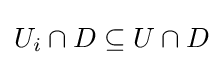
U_{i}\cap D\subseteq U\cap D